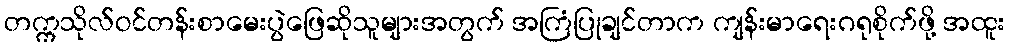
တက္ကသိုလ်ဝင်တန်းစာမေးပွဲဖြေဆိုသူများအတွက် အကြံပြုချင်တာက ကျန်းမာရေးဂရုစိုက်ဖို့ အထူး